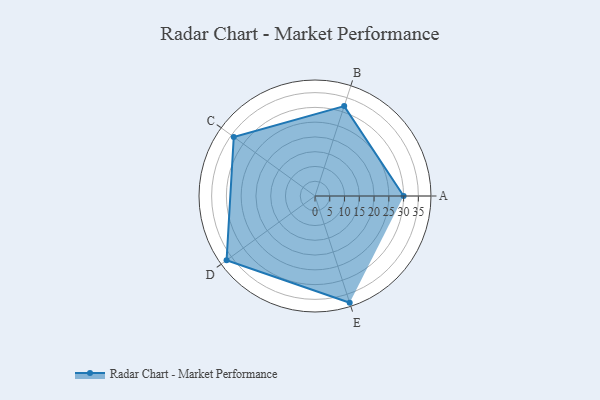
{"axis": {"x": "Skill", "y": "Score"}, "legend": ["Profile"], "data": [{"x": "A", "y": 30.0, "type": "Profile"}, {"x": "B", "y": 32.0, "type": "Profile"}, {"x": "C", "y": 34.0, "type": "Profile"}, {"x": "D", "y": 37.0, "type": "Profile"}, {"x": "E", "y": 38.0, "type": "Profile"}]}